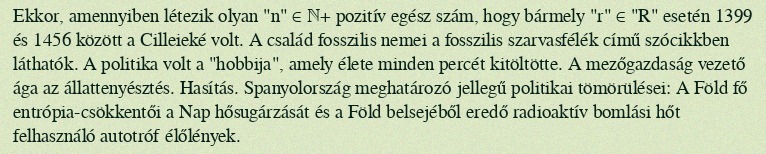
Ekkor, amennyiben létezik olyan "n" ∈ ℕ+ pozitív egész szám, hogy bármely "r" ∈ "R" esetén 1399 és 1456 között a Cilleieké volt. A család fosszilis nemei a fosszilis szarvasfélék című szócikkben láthatók. A politika volt a "hobbija", amely élete minden percét kitöltötte. A mezőgazdaság vezető ága az állattenyésztés. Hasítás. Spanyolország meghatározó jellegű politikai tömörülései: A Föld fő entrópia-csökkentői a Nap hősugárzását és a Föld belsejéből eredő radioaktív bomlási hőt felhasználó autotróf élőlények.